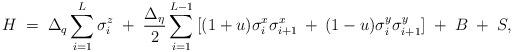
LaTeX: \begin{align*}H\;=\;\Delta_{q}\sum_{i=1}^{L}\sigma_{i}^{z}\;+\;\frac{\Delta_{\eta}}{2}\sum_{i=1}^{L-1}\:[(1+u)\sigma_{i}^{x}\sigma_{i+1}^{x}\:+\: (1-u)\sigma_{i}^{y}\sigma_{i+1}^{y}]\;+\;B\;+\;S,\end{align*}